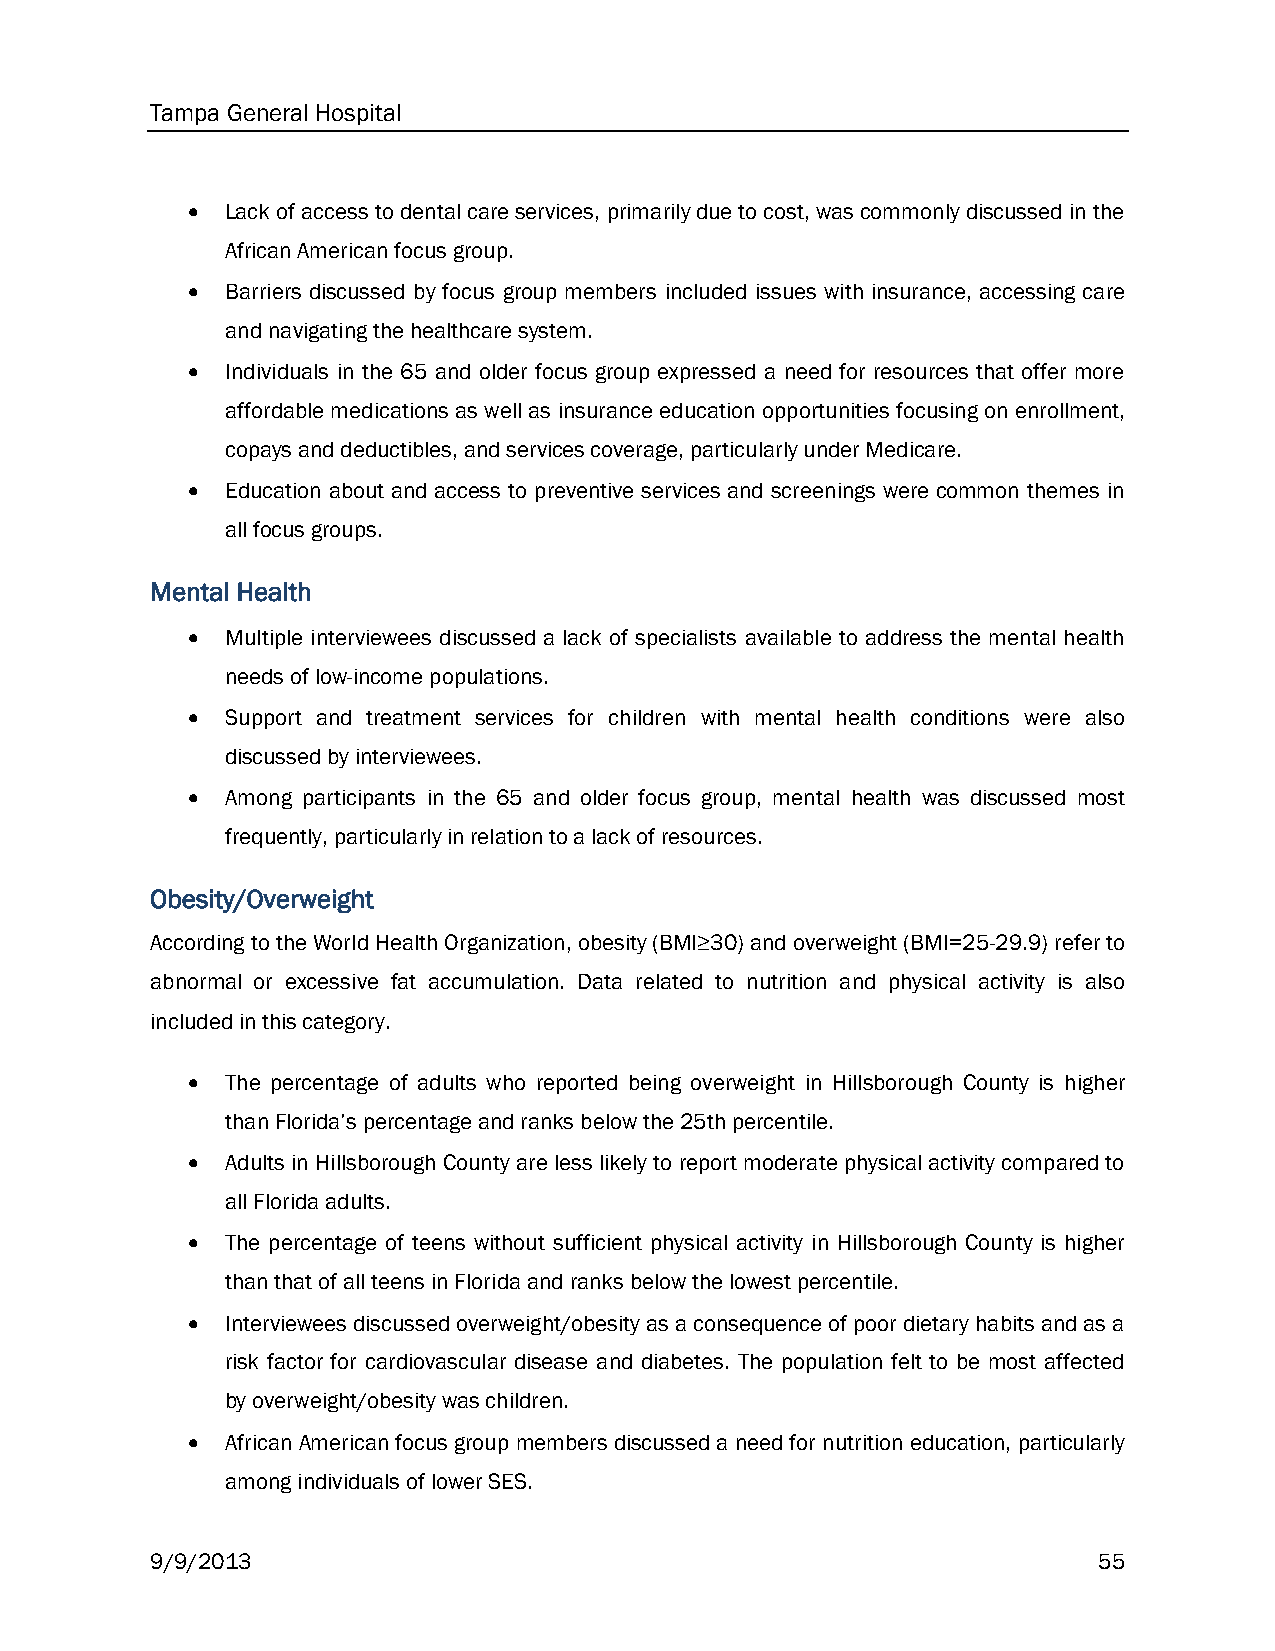
Tampa General Hospital
   Lack of access to dental care services, primarily due to cost, was commonly discussed in the
 African American focus group.
   Barriers discussed by focus group members included issues with insurance, accessing care
 and navigating the healthcare system.
   Individuals in the 65 and older focus group expressed a need for resources that offer more
 affordable medications as well as insurance education opportunities focusing on enrollment,
 copays and deductibles, and services coverage, particularly under Medicare.
   Education about and access to preventive services and screenings were common themes in
 all focus groups.
 Mental Health
   Multiple interviewees discussed a lack of specialists available to address the mental health
 needs of low-income populations.
   Support and treatment services for children with mental health conditions were also
 discussed by interviewees.
   Among participants in the 65 and older focus group, mental health was discussed most
 frequently, particularly in relation to a lack of resources.
 Obesity/Overweight
 According to the World Health Organization, obesity (BMI≥30) and overweight (BMI=25-29.9) refer to
 abnormal or excessive fat accumulation. Data related to nutrition and physical activity is also
 included in this category.
   The percentage of adults who reported being overweight in Hillsborough County is higher
 than Florida’s percentage and ranks below the 25th percentile.
   Adults in Hillsborough County are less likely to report moderate physical activity compared to
 all Florida adults.
   The percentage of teens without sufficient physical activity in Hillsborough County is higher
 than that of all teens in Florida and ranks below the lowest percentile.
   Interviewees discussed overweight/obesity as a consequence of poor dietary habits and as a
 risk factor for cardiovascular disease and diabetes. The population felt to be most affected
 by overweight/obesity was children.
   African American focus group members discussed a need for nutrition education, particularly
 among individuals of lower SES.
 9/9/2013                                                       55